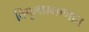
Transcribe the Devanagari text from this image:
विपूलप्रमाणात